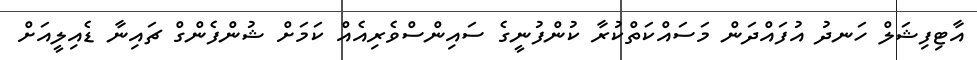
އާޓިފިޝަލް ހަނދު އުފައްދަން މަސައްކަތްކުރާ ކުންފުނީގެ ސައިންސްވެރިއެއް ކަމަށް ޝުންފެންގް ޗައިނާ ޑެއިލީއަށް